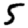
Digit: 5